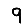
Digit: 9